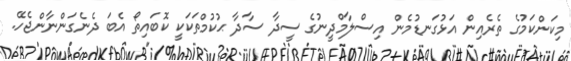
މިކަންކަމުގެ ތެރެއިން އަޅުގަނޑުމެން އިސްލާމްދީނުގެ ސީދާ ސާދާ ޙުކުމްތަކަކީ ކޮބައިތޯ އެބަ ދެނެގަންނާންޖެހޭ.